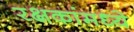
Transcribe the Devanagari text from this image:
रक्षकांमध्ये